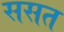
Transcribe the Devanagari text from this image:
ससत